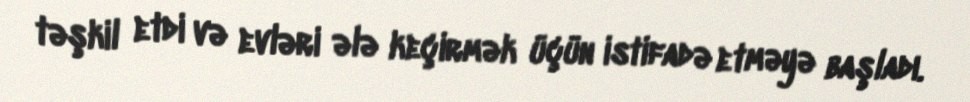
təşkil etdi və evləri ələ keçirmək üçün istifadə etməyə başladı.